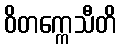
ဝိတက္ကေသီတိ